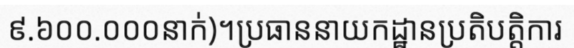
៩.៦០០.០០០នាក់)។ប្រធាននាយកដ្ឋានប្រតិបត្តិការ